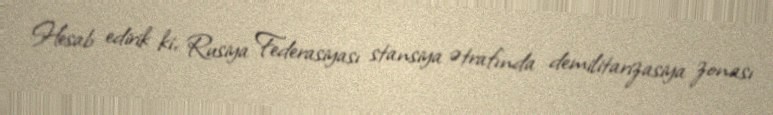
Hesab edirik ki, Rusiya Federasiyası stansiya ətrafında demilitarizasiya zonası